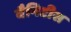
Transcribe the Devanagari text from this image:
वैनिटीस